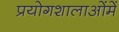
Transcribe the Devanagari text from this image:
प्रयोगशालाओंमें